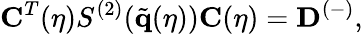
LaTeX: \mathbf{C}^{T}(\eta)S^{(2)}(\tilde{\mathbf{q}}(\eta))\mathbf{C}(\eta)=\mathbf{D}^{(-)},